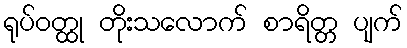
ရုပ်ဝတ္ထု တိုးသလောက် စာရိတ္တ ပျက်